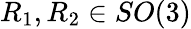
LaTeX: R_{1},R_{2}\in SO(3)